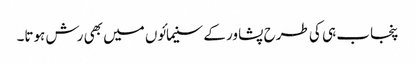
پنجاب ہی کی طرح پشاور کے سنیمائوں میں بھی رش ہوتا۔